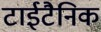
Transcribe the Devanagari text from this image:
टाईटैनिक